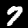
Digit: 7